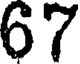
67